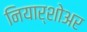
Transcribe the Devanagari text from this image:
नियार्शोअर